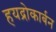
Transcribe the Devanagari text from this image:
हयद्रोकार्बन